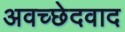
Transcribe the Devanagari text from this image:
अवच्छेदवाद